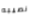
نصيبه